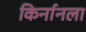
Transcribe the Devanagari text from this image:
किर्नानला